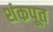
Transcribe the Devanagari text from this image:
शंकपूत